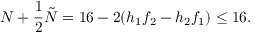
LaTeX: N + \frac { 1 } { 2 } \tilde { N } = 1 6 - 2 ( h _ { 1 } f _ { 2 } - h _ { 2 } f _ { 1 } ) \leq 1 6 .